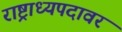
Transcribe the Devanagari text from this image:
राष्ट्राध्यपदावर